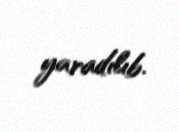
yaradılıb.